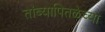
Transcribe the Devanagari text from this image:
तांब्यापितळेच्या